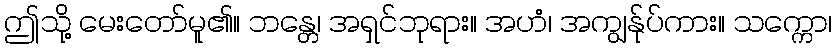
ဤသို့ မေးတော်မူ၏။ ဘန္တေ၊ အရှင်ဘုရား။ အဟံ၊ အကျွန်ုပ်ကား။ သက္ကော၊